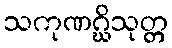
သကုဏဂ္ဃိသုတ္တ